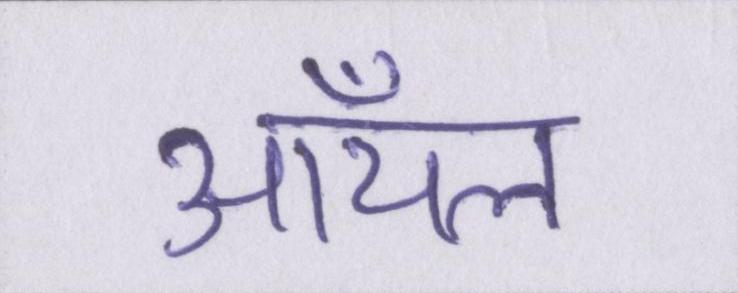
ऑयल